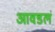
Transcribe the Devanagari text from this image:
आवडलं